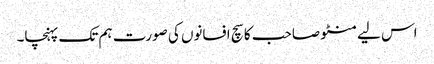
اس لیے منٹو صاحب کا سچ افسانوں کی صورت ہم تک پہنچا۔